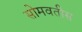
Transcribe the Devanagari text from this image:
सोमवतीस